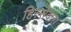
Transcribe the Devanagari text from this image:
हिस्सेदारा